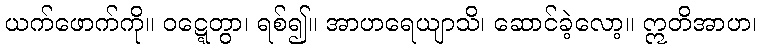
ယက်ဖောက်ကို။ ဝဋ္ဋေတွာ၊ ရစ်၍။ အာဟရေယျာသိ၊ ဆောင်ခဲ့လော့။ ဣတိအာဟ၊